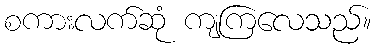
စကားလက်ဆုံ ကျကြလေသည်။